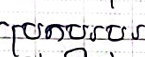
ប្រកបរបរ